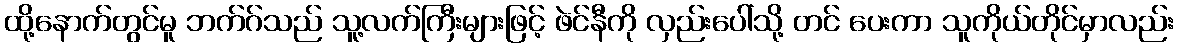
ထို့နောက်တွင်မူ ဘက်ဂ်သည် သူ့လက်ကြီးများဖြင့် ဖဲင်နီကို လှည်းပေါ်သို့ တင် ပေးကာ သူကိုယ်တိုင်မှာလည်း